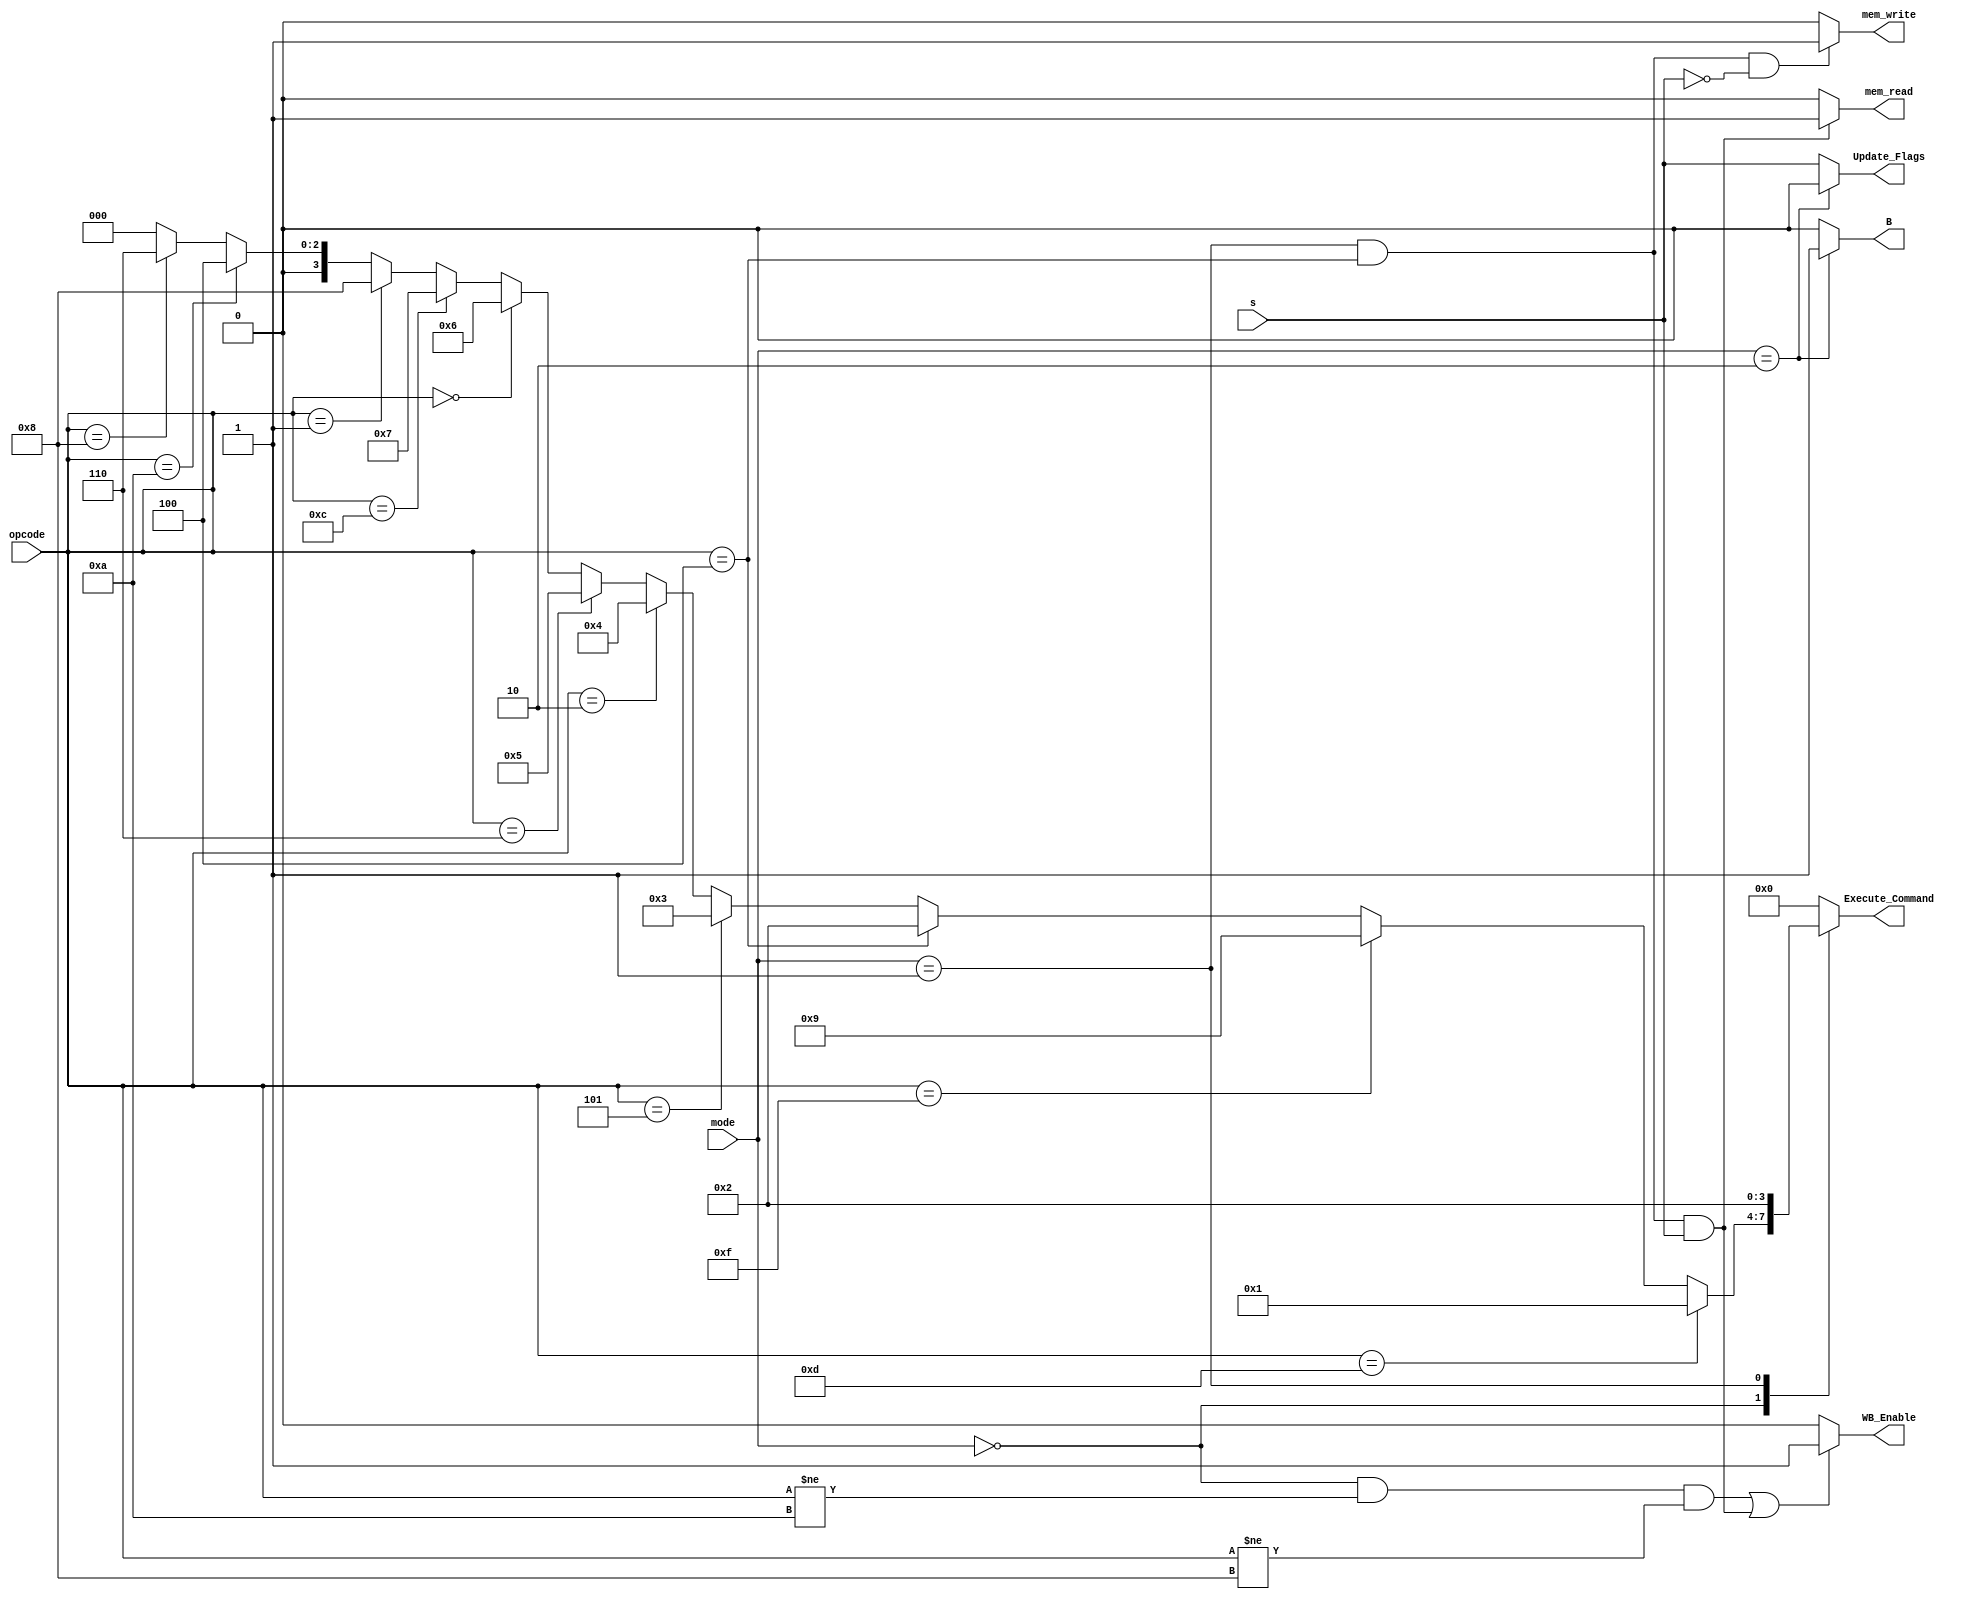

module Control_Unit (
    input  wire [1 : 0]         mode,
    input  wire [3 : 0]         opcode,
    input  wire                 s,
    output reg  [3 : 0]         Execute_Command,
    output reg                  mem_read, mem_write,
    output reg                  WB_Enable, B, Update_Flags
);

    always @(*) begin
        if(mode == 2'b01 && opcode == 4'b0100 && s == 1'b1)
            mem_read = 1'b1;
        else
            mem_read = 1'b0;    
    end

    always @(*) begin
        if(mode == 2'b01 && opcode == 4'b0100 && s == 1'b0)
            mem_write = 1'b1;
        else
            mem_write = 1'b0;    
    end

    always @(*) begin
        if((mode == 2'b00 && opcode != 4'b1010 && opcode != 4'b1000) || (mode == 2'b01 && opcode == 4'b0100 && s == 1'b1))
            WB_Enable = 1'b1;
        else
            WB_Enable = 1'b0;    
    end

    always @(*) begin
        if(mode == 2'b10)
            B = 1'b1;
        else
            B = 1'b0;            
    end

    always @(*) begin
        if(mode == 2'b10)
            Update_Flags = 1'b0;
        else
            Update_Flags = s;
    end

    always @(*) begin
        begin
            Execute_Command = 4'b0;
        end
        case (mode)
            2'b00: begin
                if(opcode == 4'b1101) //MOV
                    Execute_Command = 4'b0001;
                else if(opcode == 4'b1111) //MVN
                    Execute_Command = 4'b1001;
                else if(opcode == 4'b0100) //ADD
                    Execute_Command = 4'b0010;
                else if(opcode == 4'b0101) //ADC
                    Execute_Command = 4'b0011;
                else if(opcode == 4'b0010) //SUB
                    Execute_Command = 4'b0100;
                else if(opcode == 4'b0110) //SBC
                    Execute_Command = 4'b0101;
                else if(opcode == 4'b0000) //AND
                    Execute_Command = 4'b0110;
                else if(opcode == 4'b1100) //OR
                    Execute_Command = 4'b0111;
                else if(opcode == 4'b0001) //EOR
                    Execute_Command = 4'b1000;
                else if(opcode == 4'b1010) //CMP
                    Execute_Command = 4'b0100;
                else if(opcode == 4'b1000) //TST
                    Execute_Command = 4'b0110;
                else
                    Execute_Command = 4'b0000;

            end
            2'b01: begin
                Execute_Command = 4'b0010;
            end
            2'b10: begin
                Execute_Command = 4'b0;
            end 
            default: begin
                Execute_Command = 4'b0;
            end 
        endcase
        
    end





    
endmodule